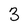
Character: 3